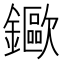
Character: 䥲